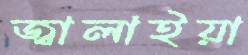
জ্বালাইয়া